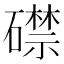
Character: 𥖜